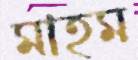
মাহম